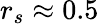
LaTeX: r_{s}\approx 0.5